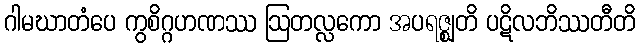
ဂါမဃာတံပေ ကွစိဂ္ဂဟဏဿ ဩတလ္လကော အပရဇ္ဈတိ ပဋိလဘိဿတီတိ